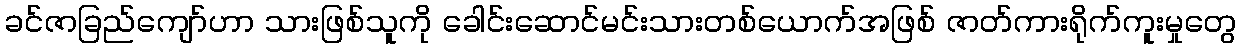
ခင်ဇာခြည်ကျော်ဟာ သားဖြစ်သူကို ခေါင်းဆောင်မင်းသားတစ်ယောက်အဖြစ် ဇာတ်ကားရိုက်ကူးမှုတွေ